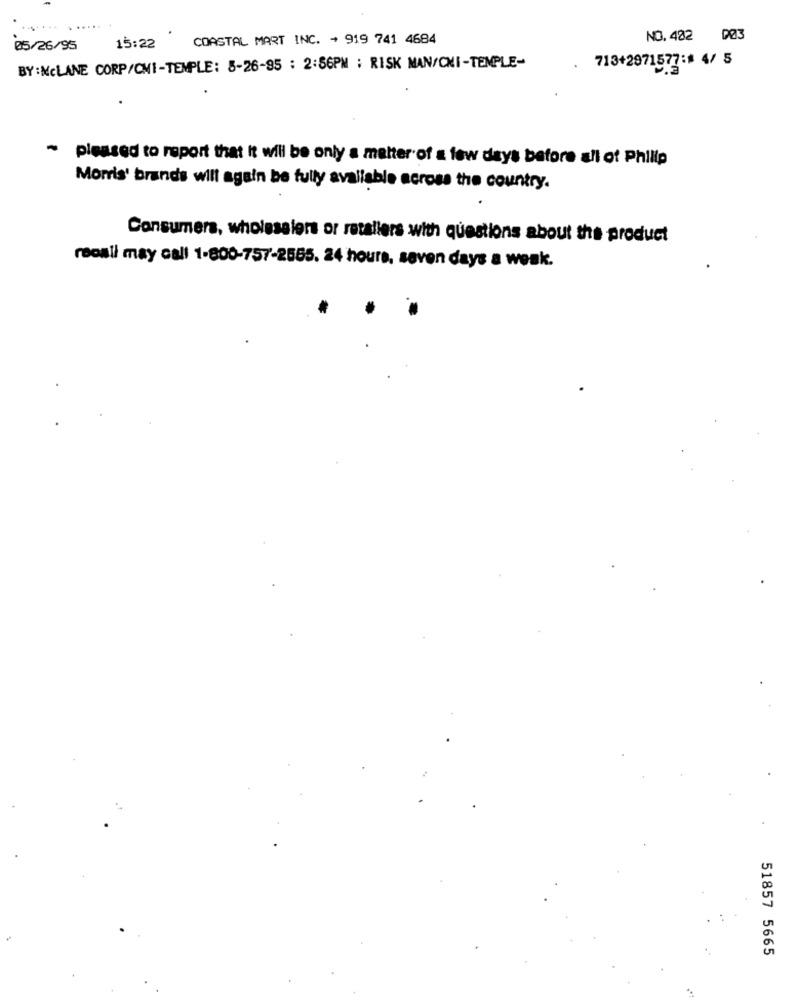
COASTAL MART INC. + 919 741 4684
NO. 482
05/26/95
15:22
BY : McLANE CORP/CMI-TEMPLE: 8-26-95 : 2:56PM : RISK MAN/CHI-TEMPLE-
713+2971577:1 4/ 5
-
pleased to report that It will be only a matter of a few days before all of Philip
Moris' brands will again be fully available across the country.
Consumers, wholesalers or retailers with questions about the product
recali may call 1-800-757-2565. 24 hours, seven days a week.
51857 5665